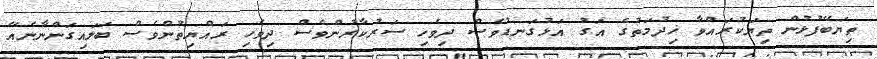
ތިޔަބޭފުޅުން ތިޔަކުރައްވާ ޚިދުމަތުގެ އަގު އަޅުގަނޑުވެސް ދިވެހި ސަރުކާރުންވެސް ދިވެހި ރައްޔިތުންވެސް ބަލައިގަންނާނެއޭ